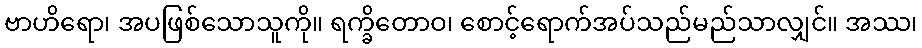
ဗာဟိရော၊ အပဖြစ်သောသူကို။ ရက္ခိတောဝ၊ စောင့်ရောက်အပ်သည်မည်သာလျှင်။ အဿ၊